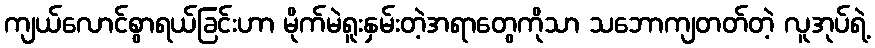
ကျယ်လောင်စွာရယ်ခြင်းဟာ မိုက်မဲရူးနှမ်းတဲ့အရာတွေကိုသာ သဘောကျတတ်တဲ့ လူအုပ်ရဲ့